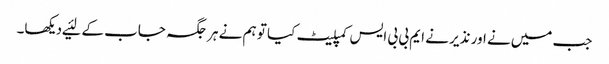
جب میں‌نے اور نذیر نے ایم بی بی ایس کمپلیٹ کیا تو ہم نے ہر جگہ جاب کے لئیے دیکھا۔